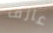
عازف